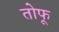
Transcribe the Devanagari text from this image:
तोफू